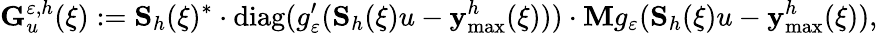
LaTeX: \mathbf{G}_{u}^{\varepsilon,h}(\xi):=\mathbf{S}_{h}(\xi)^{*}\cdot\mathrm{diag}(g_{\varepsilon}^{\prime}(\mathbf{S}_{h}(\xi)u-\mathbf{y}_{\operatorname*{max}}^{h}(\xi)))\cdot\mathbf{M}g_{\varepsilon}(\mathbf{S}_{h}(\xi)u-\mathbf{y}_{\operatorname*{max}}^{h}(\xi)),